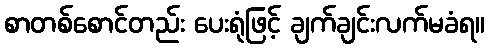
စာတစ်စောင်တည်း ပေးရုံဖြင့် ချက်ချင်းလက်မခံရ။